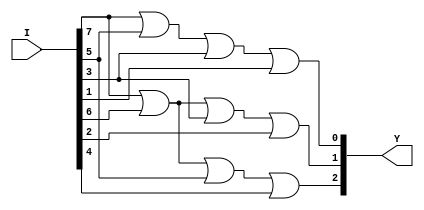
`timescale 1ns / 1ps
//////////////////////////////////////////////////////////////////////////////////
// Company: 
// Engineer: 
// 
// Design Name: 
// Module Name: encoder8to3
// Project Name: 
// Target Devices: 
// Tool Versions: 
// Description: 
// 
// Dependencies: 
// 
// Revision:
// Revision 0.01 - File Created
// Additional Comments:
// 
//////////////////////////////////////////////////////////////////////////////////


module encoder8to3(
    input [7:0] I,
    output [2:0] Y
    );
    assign Y[0]=(I[7]|I[5]|I[3]|I[1]);
    assign Y[1]=(I[7]|I[6]|I[3]|I[2]);
    assign Y[2]=(I[7]|I[6]|I[5]|I[4]);
    
endmodule